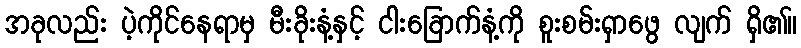
အခုလည်း ပဲ့ကိုင်နေရာမှ မီးခိုးနံ့နှင့် ငါးခြောက်နံ့ကို စူးစမ်းရှာဖွေ လျက် ရှိ၏။